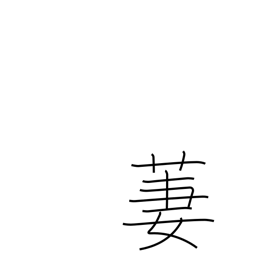
Meaning: beautiful